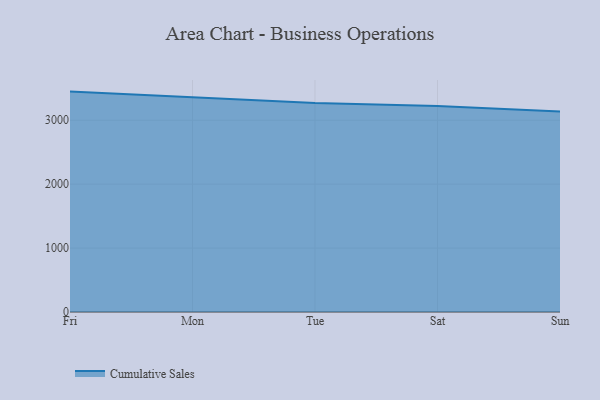
{"axis": {"x": "Day", "y": "Gross Profit (USD K)"}, "legend": ["Cumulative Sales"], "data": [{"x": "Fri", "y": 3448.9, "type": "Cumulative Sales"}, {"x": "Mon", "y": 3355.7, "type": "Cumulative Sales"}, {"x": "Tue", "y": 3269.8, "type": "Cumulative Sales"}, {"x": "Sat", "y": 3224.0, "type": "Cumulative Sales"}, {"x": "Sun", "y": 3137.8, "type": "Cumulative Sales"}]}